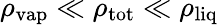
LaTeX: \rho_{\mathrm{vap}}\ll\rho_{\mathrm{tot}}\ll\rho_{\mathrm{liq}}